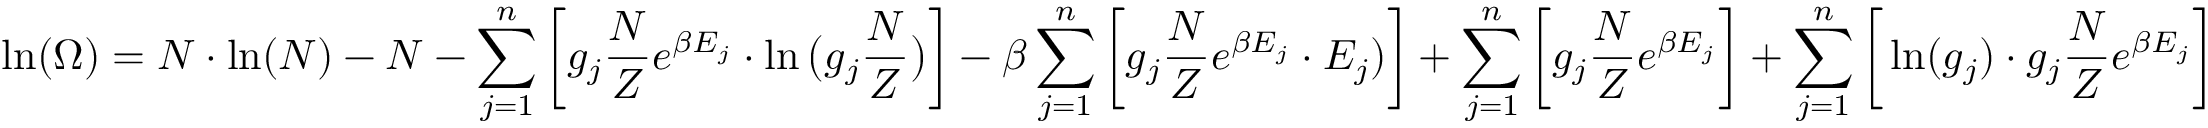
\ln ( \Omega ) = N \cdot \ln ( N ) - N - \sum _ { j = 1 } ^ { n } \bigg [ g _ { j } \frac { N } { Z } e ^ { \beta E _ { j } } \cdot \ln \big ( g _ { j } \frac { N } { Z } \big ) \bigg ] - \beta \sum _ { j = 1 } ^ { n } \bigg [ g _ { j } \frac { N } { Z } e ^ { \beta E _ { j } } \cdot E _ { j } ) \bigg ] + \sum _ { j = 1 } ^ { n } \bigg [ g _ { j } \frac { N } { Z } e ^ { \beta E _ { j } } \bigg ] + \sum _ { j = 1 } ^ { n } \bigg [ \ln ( g _ { j } ) \cdot g _ { j } \frac { N } { Z } e ^ { \beta E _ { j } } \bigg ]